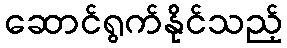
ဆောင်ရွက်နိုင်သည့်